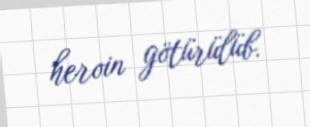
heroin götürülüb.